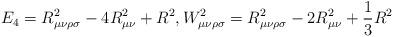
LaTeX: \begin{align*} E_4 = R_{\mu\nu\rho\sigma}^2 - 4 R_{\mu\nu}^2 + R^2, W^2_{\mu\nu\rho\sigma}= R_{\mu\nu\rho\sigma}^2 - 2 R_{\mu\nu}^2 + \frac{1}{3}R^2 \end{align*}